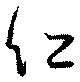
仁